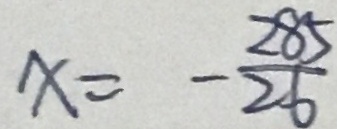
x = - \frac { 2 8 5 } { 2 6 }